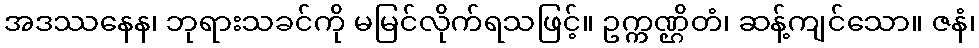
အဒဿနေန၊ ဘုရားသခင်ကို မမြင်လိုက်ရသဖြင့်။ ဥက္ကဏ္ဌိတံ၊ ဆန့်ကျင်သော။ ဇနံ၊